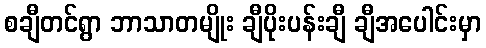
စချီတင်ရွာ ဘာသာတမျိုး ချီပိုးပန်းချီ ချီအပေါင်းမှာ